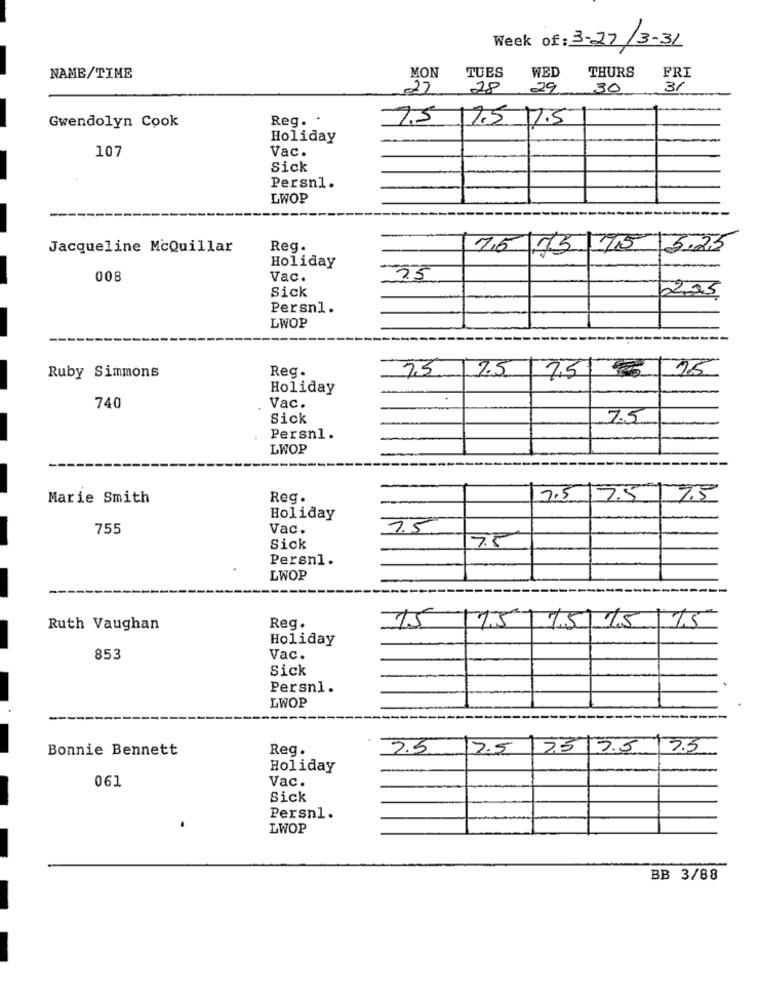
Week of: 3-27/3-31
WED
THURS
FRI
NAME/TIME
MON
TUES
22
28
29
30
3/
Reg. .
7.5 1.5 M.S
Gwendolyn Cook
Holiday
107
Vac.
Sick
Persn1.
LWOP
Jacqueline McQuillar
Reg.
76 555
5.25
Holiday
008
Vac.
35
Sick
225
Persn1.
LWOP
Ruby Simmons
Reg.
7.5
35
2,51
Holiday
740
Vac.
Sick
7.5
Persnl.
LWOP
Marie Smith
Reg.
7.5
7.5
7.5
Holiday
755
Vac.
35
7.5
Sick
Persnl.
LWOP
15
Ruth Vaughan
Reg.
75/15/15 15
Holiday
853
Vac.
Sick
Persn1.
LWOP
Bonnie Bennett
Reg.
2.5
2.5
75
7.5
3.5
Holiday
061
Vac.
Sick
Persnl.
LWOP
BB 3/88